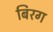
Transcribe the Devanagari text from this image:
बिरग